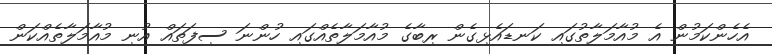
އެހެންކަމުން އެ މުއާމަލާތުގައި ކަނޑައެޅިގެން ރިބާގެ މުއާމަލާތެއްގައި ހުންނަ ސިފަތައް އުނި މުއާމަލާތެއްކަން